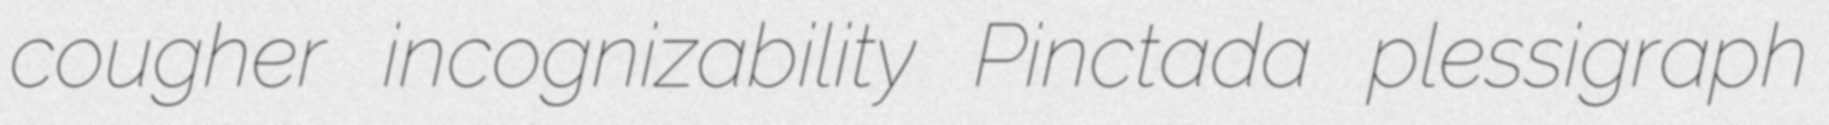
cougher incognizability Pinctada plessigraph